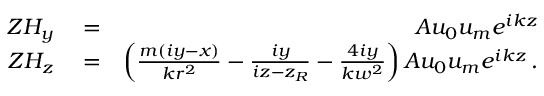
\begin{array} { r l r } { Z H _ { y } } & { { } = } & { A u _ { 0 } u _ { m } e ^ { i k z } } \\ { Z H _ { z } } & { { } = } & { \left( \frac { m ( i y - x ) } { k r ^ { 2 } } - \frac { i y } { i z - z _ { R } } - \frac { 4 i y } { k w ^ { 2 } } \right) A u _ { 0 } u _ { m } e ^ { i k z } \, . } \end{array}